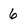
Character: 6